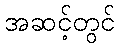
အဆင့်တွင်